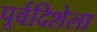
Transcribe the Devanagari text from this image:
पूर्वदिशेला